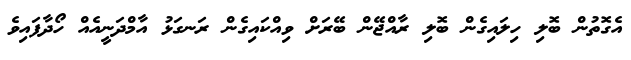
އެގޮތުން ބޮލި ހިލައިގެން ބޮލި ރާއްޖޭން ބޭރަށް ވިއްކައިގެން ރަނގަޅު އާމްދަނީއެއް ހޯދާފައިވެ